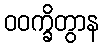
ဝဝက္ခိတွာန